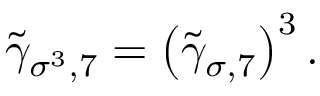
\widetilde { \gamma } _ { \sigma ^ { 3 } , 7 } = \left( \widetilde { \gamma } _ { \sigma , 7 } \right) ^ { 3 } .